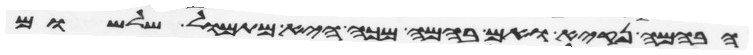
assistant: הבהמה נקיא ואם בהמה מכה היא מתמול שלשום